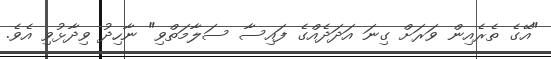
"އޭގެ ތެރެއިން ވަރަށް ގިނަ އަދަދެއްގެ ފައިސާ ސަލާމަތްވި" ނާހިދު ވިދާޅުވި އެވެ.